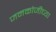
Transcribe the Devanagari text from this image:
जनकोजीच्या